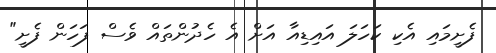
ފެށީމައި އެކި ކަހަލަ އައިޑިއާ އަށް އެ ހެދުންތައް ވެސް ފަހަން ފެށީ"